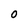
Character: O